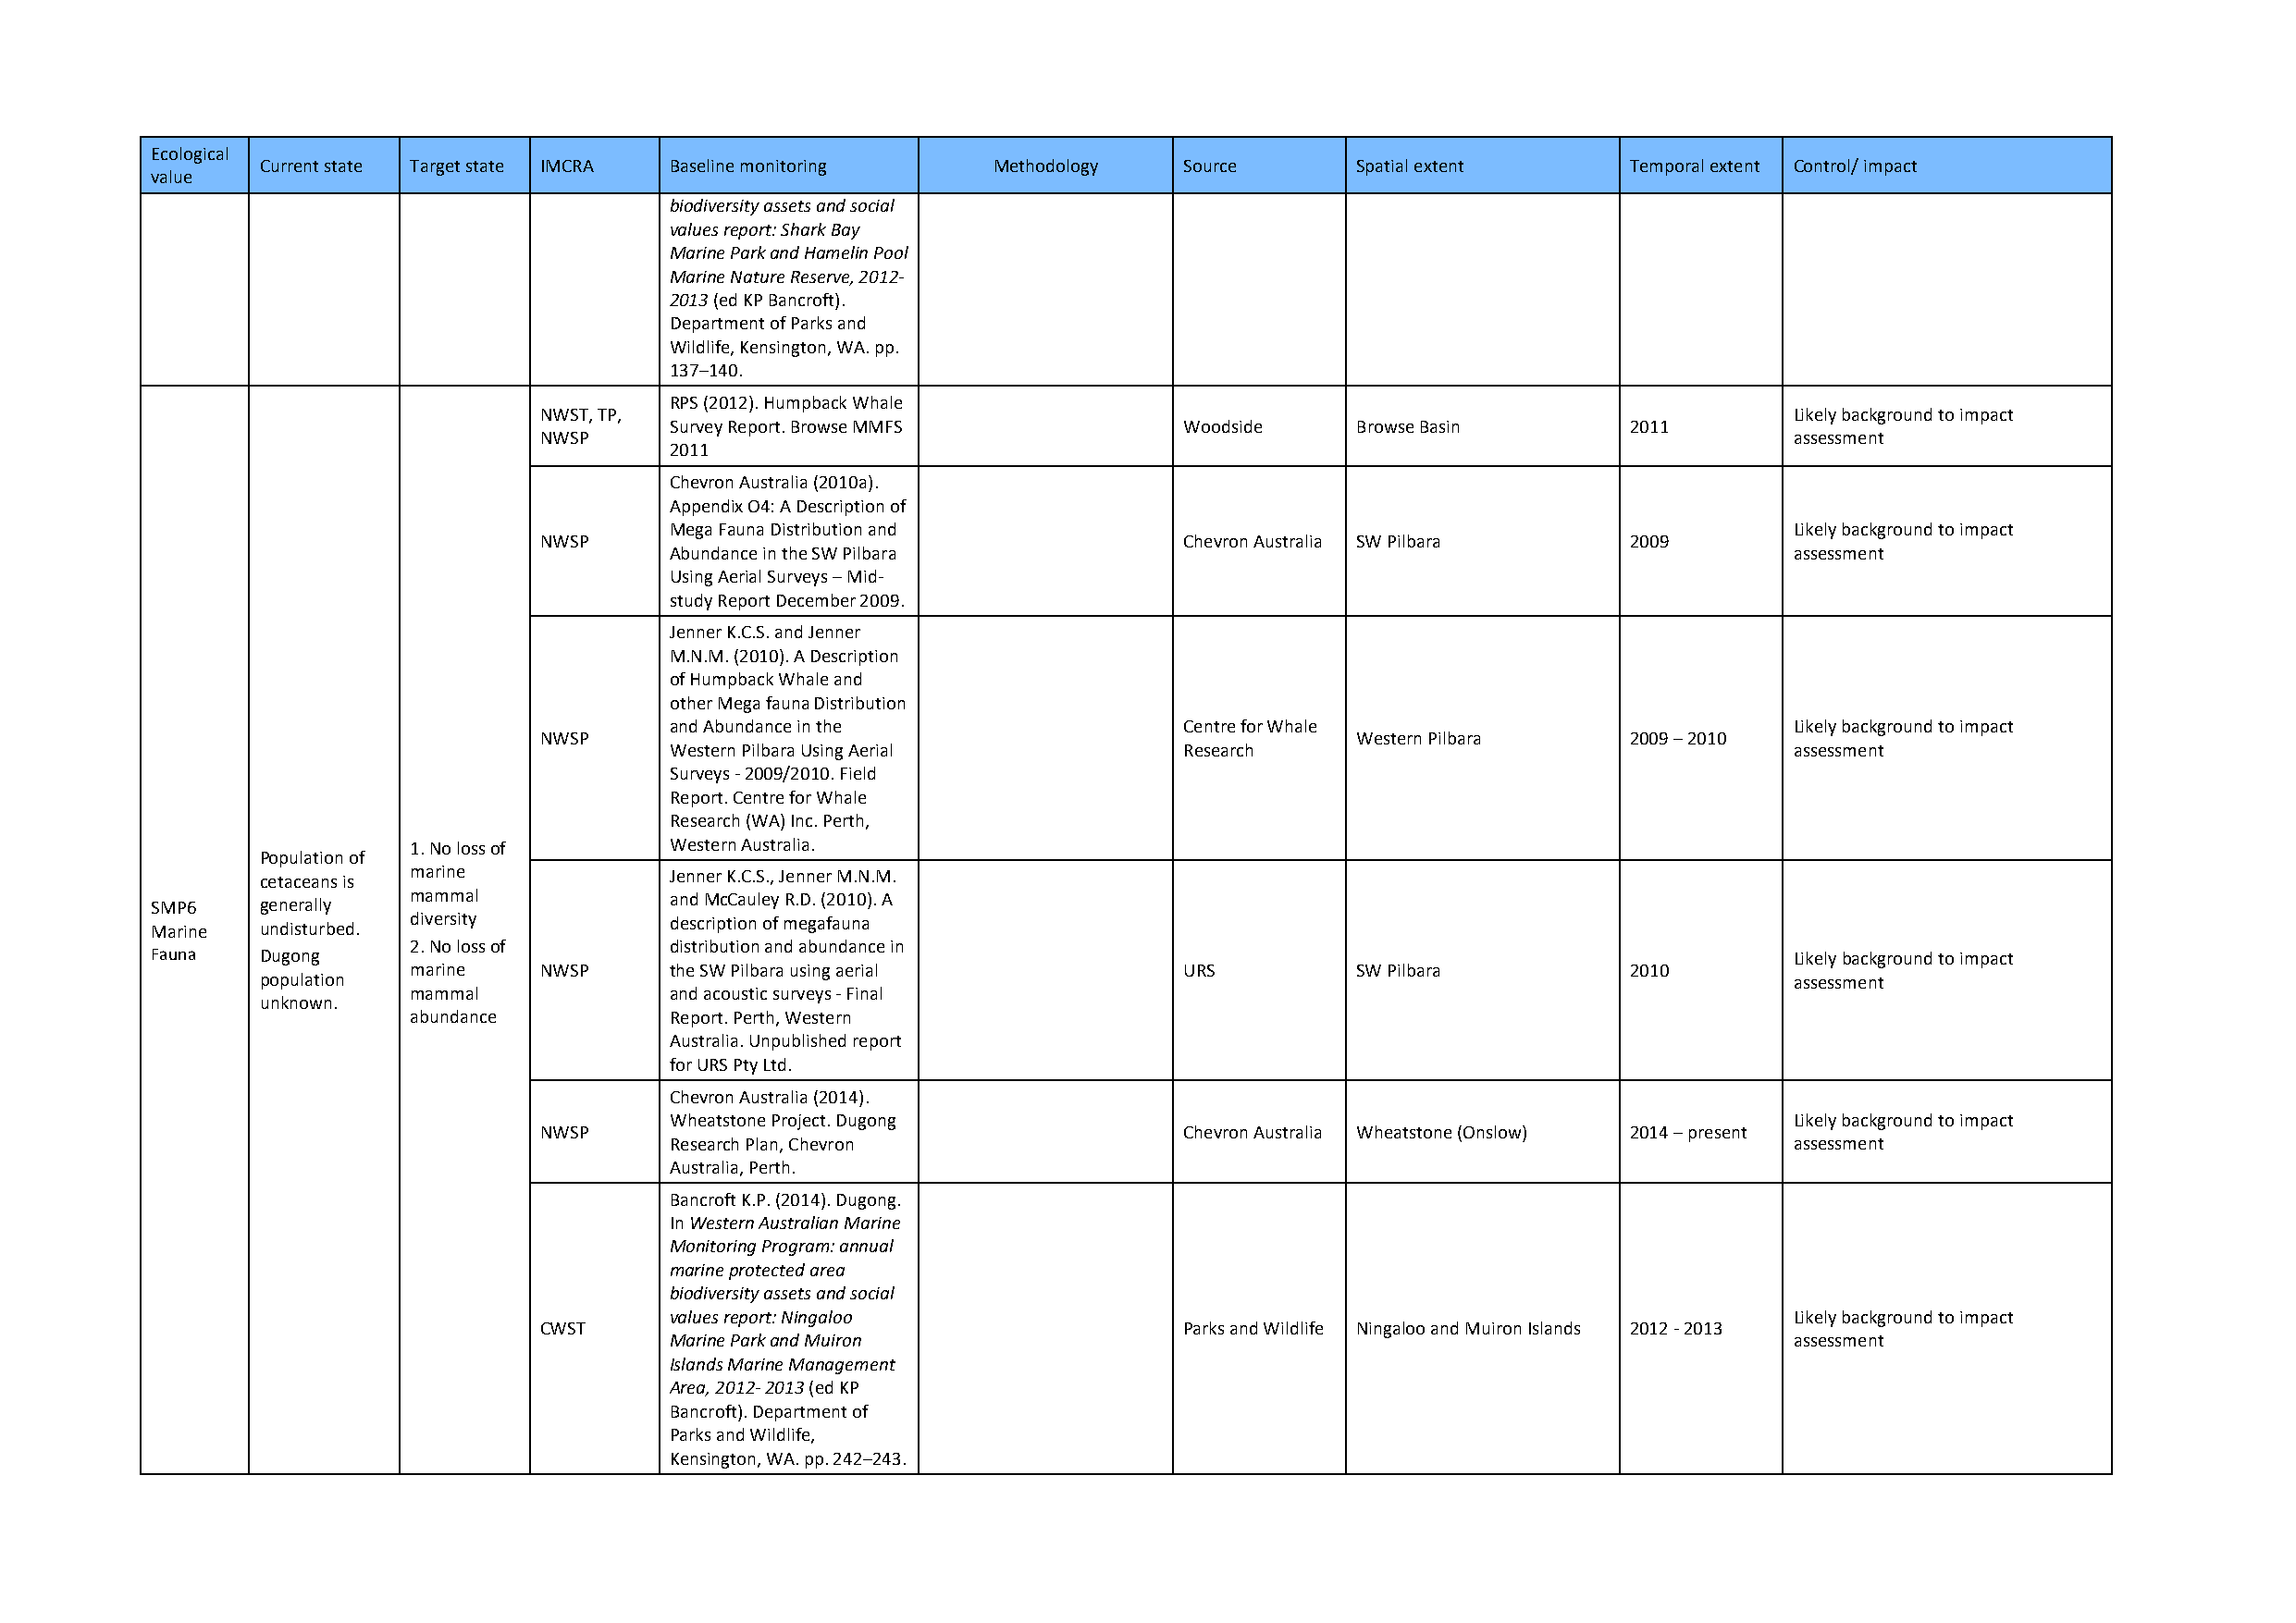
Ecological
 Current state Target state IMCRA Baseline monitoring Methodology  Source      Spatial extent      Temporal extent Control/ impact
 value
 biodiversity assets and social
 values report: Shark Bay
 Marine Park and Hamelin Pool
 Marine Nature Reserve, 2012-
 2013 (ed KP Bancroft).
 Department of Parks and
 Wildlife, Kensington, WA. pp.
 137–140.
 RPS (2012). Humpback Whale
 NWST, TP,                                                                                Likely background to impact
 Survey Report. Browse MMFS           Woodside    Browse Basin        2011
 NWSP                                                                                     assessment
 2011
 Chevron Australia (2010a).
 Appendix O4: A Description of
 Mega Fauna Distribution and                                                     Likely background to impact
 NWSP                                          Chevron Australia SW Pilbara    2009
 Abundance in the SW Pilbara                                                     assessment
 Using Aerial Surveys – Mid-
 study Report December 2009.
 Jenner K.C.S. and Jenner
 M.N.M. (2010). A Description
 of Humpback Whale and
 other Mega fauna Distribution
 and Abundance in the                 Centre for Whale                           Likely background to impact
 NWSP                                                      Western Pilbara     2009 – 2010
 Western Pilbara Using Aerial         Research                                   assessment
 Surveys - 2009/2010. Field
 Report. Centre for Whale
 Research (WA) Inc. Perth,
 1. No loss of      Western Australia.
 Population of
 cetaceans is marine          Jenner K.C.S., Jenner M.N.M.
 SMP6    generally mammal             and McCauley R.D. (2010). A
 Marine  undisturbed. diversity       description of megafauna
 2. No loss of      distribution and abundance in
 Fauna   Dugong                                                                                                       Likely background to impact
 marine    NWSP     the SW Pilbara using aerial          URS         SW Pilbara          2010
 population                                                                                                   assessment
 mammal             and acoustic surveys - Final
 unknown.
 abundance          Report. Perth, Western
 Australia. Unpublished report
 for URS Pty Ltd.
 Chevron Australia (2014).
 Wheatstone Project. Dugong                                                      Likely background to impact
 NWSP                                          Chevron Australia Wheatstone (Onslow) 2014 – present
 Research Plan, Chevron                                                          assessment
 Australia, Perth.
 Bancroft K.P. (2014). Dugong.
 In Western Australian Marine
 Monitoring Program: annual
 marine protected area
 biodiversity assets and social
 values report: Ningaloo                                                         Likely background to impact
 CWST                                          Parks and Wildlife Ningaloo and Muiron Islands 2012 - 2013
 Marine Park and Muiron                                                          assessment
 Islands Marine Management
 Area, 2012- 2013 (ed KP
 Bancroft). Department of
 Parks and Wildlife,
 Kensington, WA. pp. 242–243.